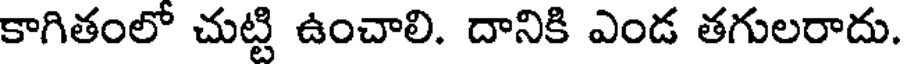
కాగితంలో చుట్టి ఉంచాలి. దానికి ఎండ తగులరాదు.